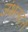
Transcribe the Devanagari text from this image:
जंभलदत्त